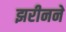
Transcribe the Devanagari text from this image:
झरीनने